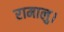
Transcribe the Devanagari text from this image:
रामालु।